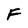
Character: F